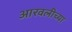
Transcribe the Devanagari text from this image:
आरवलीच्या